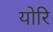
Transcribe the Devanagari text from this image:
योरि